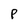
Character: P